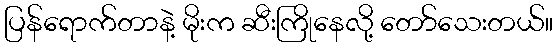
ပြန်ရောက်တာနဲ့ မိုးက ဆီးကြိုနေလို့ တော်သေးတယ်။